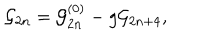
LaTeX: { \cal G } _ { 2 n } = { \cal G } _ { 2 n } ^ { ( 0 ) } - g { \cal G } _ { 2 n + 4 } ,